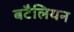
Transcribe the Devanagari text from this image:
बटैलियन